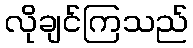
လိုချင်ကြသည်